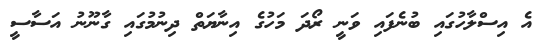
އެ އިސްލާހުގައި ބުނެފައި ވަނީ ރޯދަ މަހުގެ އިނާޔަތް ދިނުމުގައި ގާނޫނު އަސާސީ